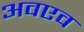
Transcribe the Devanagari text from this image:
अवएव